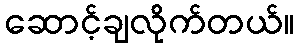
ဆောင့်ချလိုက်တယ်။